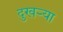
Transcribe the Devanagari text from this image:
दुखर्‍या